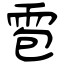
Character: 雹